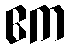
ဧက